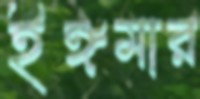
ইঙ্গমার